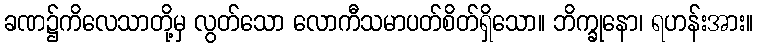
ခဏ၌ကိလေသာတို့မှ လွတ်သော လောကီသမာပတ်စိတ်ရှိသော။ ဘိက္ခုနော၊ ရဟန်းအား။